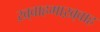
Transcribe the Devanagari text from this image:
ख़्वाहमाख़्वाह